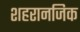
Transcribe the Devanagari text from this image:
शहरानजिक